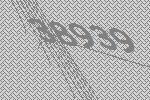
38939